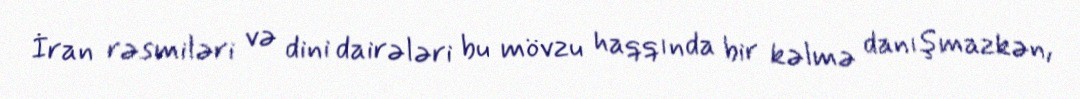
İran rəsmiləri və dini dairələri bu mövzu haqqında bir kəlmə danışmazkən,